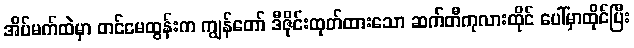
အိပ်မက်ထဲမှာ တင်မေထွန်းက ကျွန်တော် ဒီဇိုင်းထုတ်ထားသော ဆက်တီကုလားထိုင် ပေါ်မှာထိုင်ပြီး